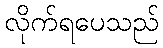
လိုက်ရပေသည်